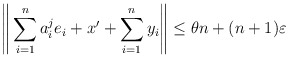
\begin{align*} \Bigg\|\sum_{i=1}^{n} a^j_i e_i + x' + \sum_{i=1}^{n} y_i\Bigg\|\leq \theta n+({n}+1)\varepsilon \end{align*}